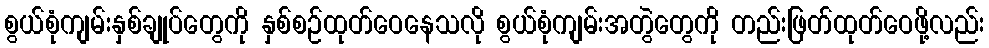
စွယ်စုံကျမ်းနှစ်ချုပ်တွေကို နှစ်စဉ်ထုတ်ဝေနေသလို စွယ်စုံကျမ်းအတွဲတွေကို တည်းဖြတ်ထုတ်ဝေဖို့လည်း